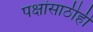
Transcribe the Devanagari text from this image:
पक्षांसाठीही